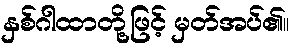
နှစ်ဂါထာတို့ဖြင့် မှတ်အပ်၏။